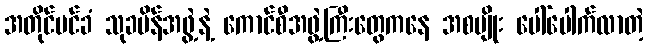
အတိုင်ပင်ခံ သုခမိန်အဖွဲ့နဲ့ ကောင်စီအဖွဲ့ကြီးတွေကနေ အစပျိုး ပေါ်ပေါက်လာတဲ့